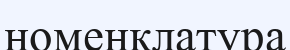
номенклатура